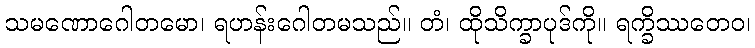
သမဏောဂေါတမော၊ ရဟန်းဂေါတမသည်။ တံ၊ ထိုသိက္ခာပုဒ်ကို။ ရက္ခိဿတေဝ၊